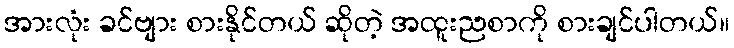
အားလုံး ခင်ဗျား စားနိုင်တယ် ဆိုတဲ့ အထူးညစာကို စားချင်ပါတယ်။